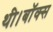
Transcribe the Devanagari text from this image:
थी।बॉक्स